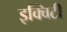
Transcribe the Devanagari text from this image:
इक्‍विटी